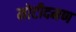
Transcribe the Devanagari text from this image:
मोटीदमण